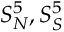
S _ { N } ^ { 5 } , S _ { S } ^ { 5 }